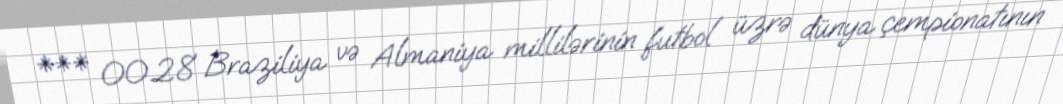
*** 00.28 Braziliya və Almaniya millilərinin futbol üzrə dünya çempionatının